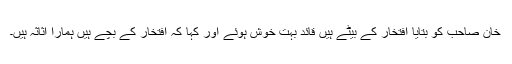
خان صاحب کو بتایا افتخار کے بیٹے ہیں قائد بہت خوش ہوئے اور کہا کہ افتخار کے بچے ہیں ہمارا اثاثہ ہیں۔